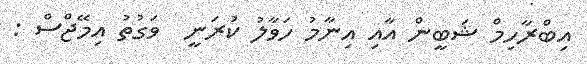
އިބްރާހިމް ޝަބީން އާއި އިނާމު ހަވާލު ކުރަނީ  ވަގުތު އިމޭޖްސް :